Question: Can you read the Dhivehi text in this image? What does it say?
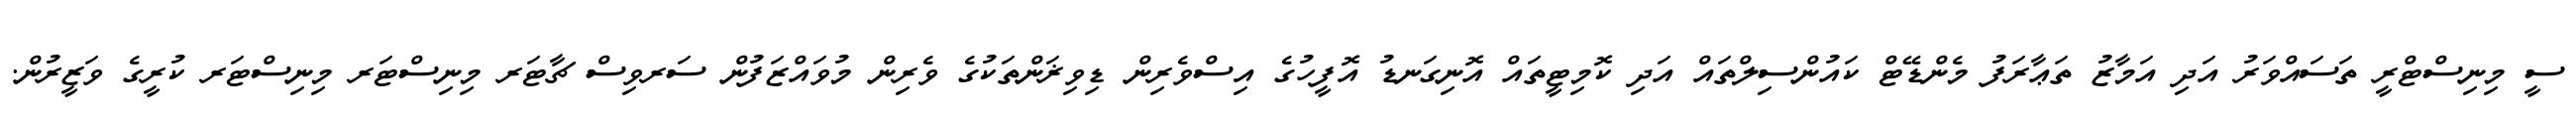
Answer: ސީ މިނިސްޓްރީ ތަސައްވަރު އަދި އަމާޒު ތަޢާރަފު މެންޑޭޓް ކައުންސިލްތައް އަދި ކޮމިޓީތައް އޮނިގަނޑު އޮފީހުގެ އިސްވެރިން ޑިވިޜަންތަކުގެ ވެރިން މުވައްޒަފުން ސަރވިސް ޗާޓަރ މިނިސްޓަރ މިނިސްޓަރ ކުރީގެ ވަޒީރުން.